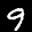
Label: 9